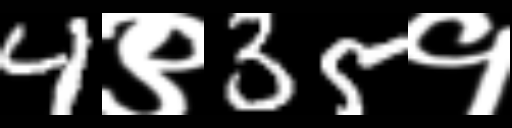
Text: 4९35१